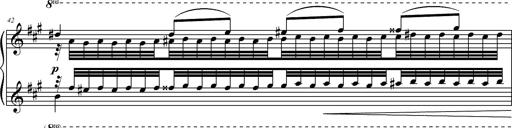
Title: 2 LÃ©gendes
Composer: Franz Liszt